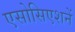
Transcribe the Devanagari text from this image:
एसोसिएशनें